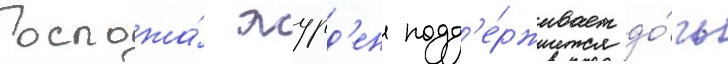
Госпожа́ журд'ен подд'е́рживает до́чь